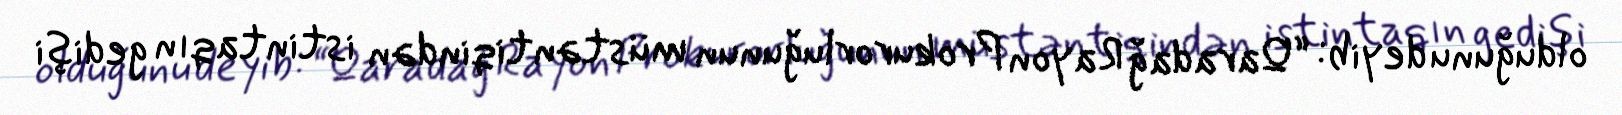
olduğunu deyib: “Qaradağ Rayon Prokurorluğunun müstəntiqindən istintaqın gedişi